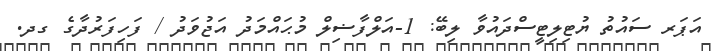
އަޕަރ ސައުތު ޔުޓިލިޓީސްދައުވާ ލިބޭ: 1-އަލްފާޟިލް މުޙައްމަދު އަޖުވަދު / ފަހިފަރުދާގެ ގދ.